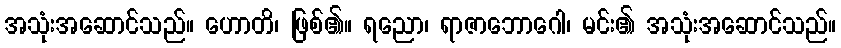
အသုံးအဆောင်သည်။ ဟောတိ၊ ဖြစ်၏။ ရညော၊ ရာဇာဘောဂေါ၊ မင်း၏ အသုံးအဆောင်သည်။